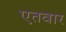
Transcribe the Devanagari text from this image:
एतवार